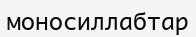
моносиллабтар